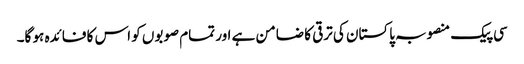
سی پیک منصوبہ پاکستان کی ترقی کا ضامن ہے اور تمام صوبوں کو اس کا فائدہ ہو گا۔